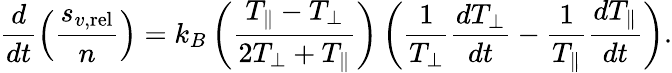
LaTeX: \frac{d}{dt}\left(\frac{s_{v,\mathrm{rel}}}{n}\right)=k_{B}\left(\frac{T_{\parallel}-T_{\perp}}{2T_{\perp}+T_{\parallel}}\right)\left(\frac{1}{T_{\perp}}\frac{dT_{\perp}}{dt}-\frac{1}{T_{\parallel}}\frac{dT_{\parallel}}{dt}\right).